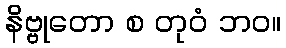
နိဗ္ဗုတော စ တုဝံ ဘဝ။